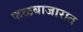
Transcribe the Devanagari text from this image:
फळबाजारात